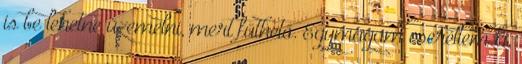
is be lehetne üzemelni, mert fűthető. Egymagam cseréltem ki,